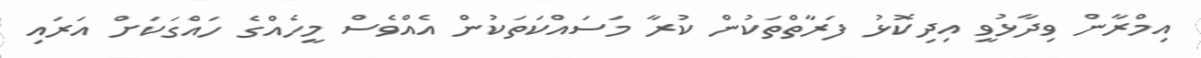
އިމްރާން ވިދާޅުވީ އިދިކޮޅު ފަރާތްތަކުން ކުރާ މަސައްކަތަކުން އެއްވެސް މީހެއްގެ ހައްގަކަށް އަރައި